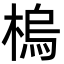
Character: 㮧